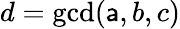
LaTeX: d=\operatorname*{gcd}(\mathsf{a},b,c)